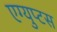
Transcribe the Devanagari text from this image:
एग्युप्टस